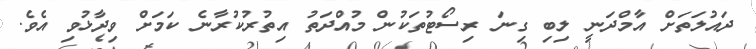
ދައުލަތަށް އާމްދަނީ ލިބި ގިނަ ރިސޯޓުތަކުން މުއްދަތު އިތުރުކުރާނެ ކަމަށް ވިދާޅުވި އެވެ.